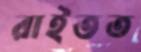
রাইতত